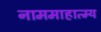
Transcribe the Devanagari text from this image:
नाममाहात्म्य